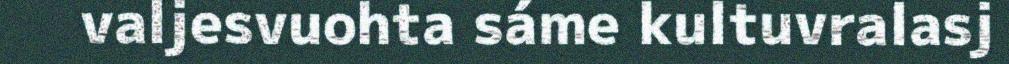
valjesvuohta sáme kultuvralasj